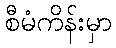
စီမံကိန်းမှာ